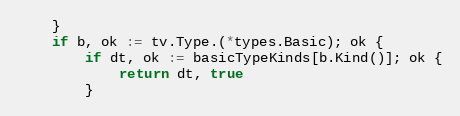
Language: Go
	}
	if b, ok := tv.Type.(*types.Basic); ok {
		if dt, ok := basicTypeKinds[b.Kind()]; ok {
			return dt, true
		}